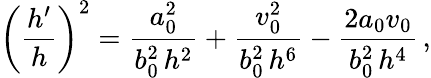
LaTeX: \left(\frac{h^{\prime}}{h}\right)^{2}=\frac{a_{0}^{2}}{b_{0}^{2}\, h^{2}}+\frac{v_{0}^{2}}{b_{0}^{2}\, h^{6}}-\frac{2a_{0}v_{0}}{b_{0}^{2}\, h^{4}}\, ,